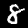
Digit: 8